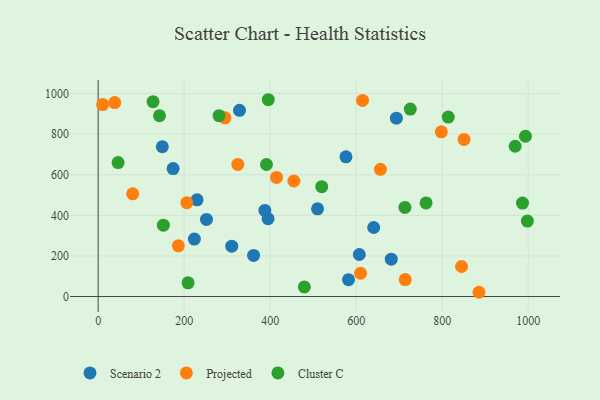
{"axis": {"x": "Study Hours", "y": "Rating"}, "legend": ["Cluster C", "Projected", "Scenario 2"], "data": [{"x": "582.1", "y": 83.3, "type": "Scenario 2"}, {"x": "328.6", "y": 917.5, "type": "Scenario 2"}, {"x": "395.0", "y": 383.7, "type": "Scenario 2"}, {"x": "149.2", "y": 738.2, "type": "Scenario 2"}, {"x": "693.3", "y": 879.0, "type": "Scenario 2"}, {"x": "387.6", "y": 424.4, "type": "Scenario 2"}, {"x": "251.8", "y": 379.9, "type": "Scenario 2"}, {"x": "640.6", "y": 340.3, "type": "Scenario 2"}, {"x": "229.9", "y": 476.6, "type": "Scenario 2"}, {"x": "223.7", "y": 283.1, "type": "Scenario 2"}, {"x": "361.3", "y": 202.8, "type": "Scenario 2"}, {"x": "174.3", "y": 630.3, "type": "Scenario 2"}, {"x": "310.6", "y": 248.0, "type": "Scenario 2"}, {"x": "607.2", "y": 207.2, "type": "Scenario 2"}, {"x": "681.4", "y": 183.9, "type": "Scenario 2"}, {"x": "576.2", "y": 688.6, "type": "Scenario 2"}, {"x": "510.0", "y": 432.4, "type": "Scenario 2"}, {"x": "206.1", "y": 462.3, "type": "Projected"}, {"x": "324.7", "y": 651.2, "type": "Projected"}, {"x": "80.4", "y": 506.2, "type": "Projected"}, {"x": "850.6", "y": 774.0, "type": "Projected"}, {"x": "610.2", "y": 114.8, "type": "Projected"}, {"x": "614.7", "y": 966.3, "type": "Projected"}, {"x": "797.9", "y": 811.5, "type": "Projected"}, {"x": "455.1", "y": 569.3, "type": "Projected"}, {"x": "885.4", "y": 21.0, "type": "Projected"}, {"x": "414.7", "y": 586.9, "type": "Projected"}, {"x": "186.4", "y": 250.1, "type": "Projected"}, {"x": "656.3", "y": 626.9, "type": "Projected"}, {"x": "713.9", "y": 83.6, "type": "Projected"}, {"x": "38.5", "y": 955.7, "type": "Projected"}, {"x": "10.4", "y": 946.0, "type": "Projected"}, {"x": "844.9", "y": 147.9, "type": "Projected"}, {"x": "294.9", "y": 880.7, "type": "Projected"}, {"x": "391.3", "y": 650.5, "type": "Cluster C"}, {"x": "725.7", "y": 923.5, "type": "Cluster C"}, {"x": "395.5", "y": 969.8, "type": "Cluster C"}, {"x": "993.4", "y": 789.7, "type": "Cluster C"}, {"x": "209.0", "y": 67.5, "type": "Cluster C"}, {"x": "479.4", "y": 47.4, "type": "Cluster C"}, {"x": "713.2", "y": 438.9, "type": "Cluster C"}, {"x": "127.6", "y": 960.4, "type": "Cluster C"}, {"x": "986.6", "y": 460.4, "type": "Cluster C"}, {"x": "813.9", "y": 884.2, "type": "Cluster C"}, {"x": "281.0", "y": 891.1, "type": "Cluster C"}, {"x": "151.6", "y": 351.6, "type": "Cluster C"}, {"x": "519.8", "y": 541.5, "type": "Cluster C"}, {"x": "46.3", "y": 660.1, "type": "Cluster C"}, {"x": "969.5", "y": 740.6, "type": "Cluster C"}, {"x": "762.4", "y": 461.3, "type": "Cluster C"}, {"x": "997.9", "y": 371.6, "type": "Cluster C"}, {"x": "142.6", "y": 890.8, "type": "Cluster C"}]}